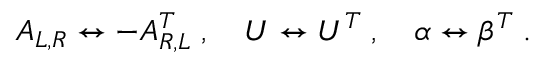
A _ { L , R } \leftrightarrow - A _ { R , L } ^ { T } \; , \quad U \leftrightarrow U ^ { T } \; , \quad \alpha \leftrightarrow \beta ^ { T } \; .